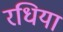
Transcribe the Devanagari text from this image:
रधिया